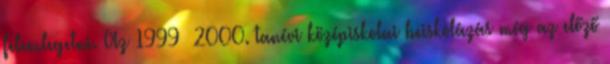
felemlegetni. Az 1999 2000. tanévi középiskolai beiskolázás még az előző